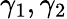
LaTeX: \gamma_{1},\gamma_{2}